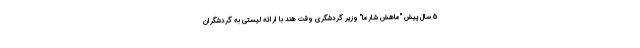
5 سال پیش "ماهش شارما" وزیر گردشگری وقت هند با ارائه لیستی به گردشگران